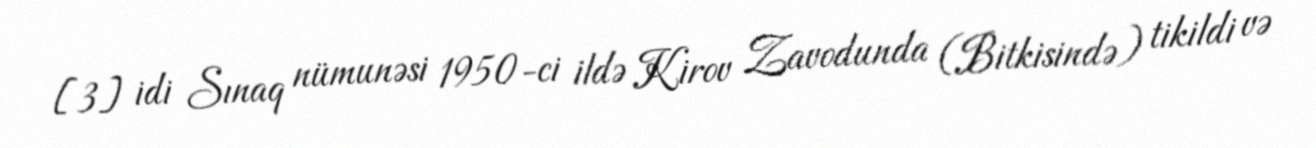
[3] idi Sınaq nümunəsi 1950-ci ildə Kirov Zavodunda (Bitkisində) tikildi və